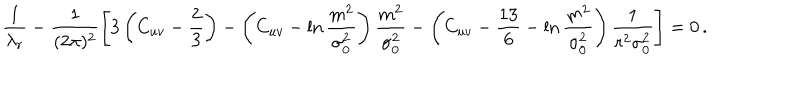
\frac { 1 } { \lambda _ { r } } - \frac { 1 } { ( 2 \pi ) ^ { 2 } } \left[ 3 \left( C _ { u v } - \frac { 2 } { 3 } \right) - \left( C _ { u v } - \ln \frac { m ^ { 2 } } { \sigma _ { 0 } ^ { 2 } } \right) \frac { m ^ { 2 } } { \sigma _ { 0 } ^ { 2 } } - \left( C _ { u v } - \frac { 1 3 } { 6 } - \ln \frac { m ^ { 2 } } { \sigma _ { 0 } ^ { 2 } } \right) \frac { 1 } { r ^ { 2 } \sigma _ { 0 } ^ { 2 } } \right] = 0 \, .